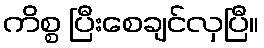
ကိစ္စ ပြီးစေချင်လှပြီ။